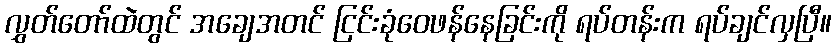
လွှတ်တော်ထဲတွင် အချေအတင် ငြင်းခုံဝေဖန်နေခြင်းကို ရပ်တန်းက ရပ်ချင်လှပြီ။